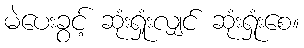
မဲပေးခွင့် ဆုံးရှုံးလျှင် ဆုံးရှုံးစေ။